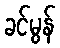
ခင်မွန်